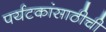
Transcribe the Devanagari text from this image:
पर्यटकांसाठीची